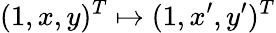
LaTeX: (1,x,y)^{T}\mapsto(1,x^{\prime},y^{\prime})^{T}